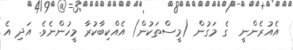
އެއުރެންނީ  ގެ މަގުން (މީސްތަކުން) އެއްކިބާކުރާ މީހުންނެވެ. އަދި އެ